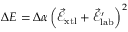
\Delta E = \Delta \alpha \left( \vec { \mathcal { E } } _ { \mathrm { x t l } } + \vec { \mathcal { E } } _ { \mathrm { l a b } } ^ { \prime } \right) ^ { 2 }